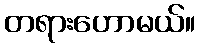
တရားဟောမယ်။